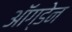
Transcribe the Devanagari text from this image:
ऑग्डेन